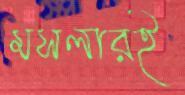
মসলারই